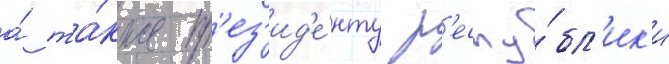
а́ та́кже пр'ез'ид'е́нту р'еспу́бл'ик'и